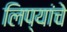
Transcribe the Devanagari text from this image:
लिप्यांचे